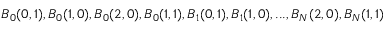
B _ { 0 } ( 0 , 1 ) , B _ { 0 } ( 1 , 0 ) , B _ { 0 } ( 2 , 0 ) , B _ { 0 } ( 1 , 1 ) , B _ { 1 } ( 0 , 1 ) , B _ { 1 } ( 1 , 0 ) , . . . , B _ { N } ( 2 , 0 ) , B _ { N } ( 1 , 1 )